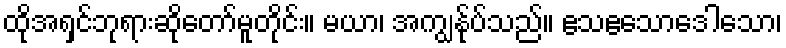
ထိုအရှင်ဘုရားဆိုတော်မူတိုင်း။ မယာ၊ အကျွန်ုပ်သည်။ ဧသဧသောဒေါသော၊